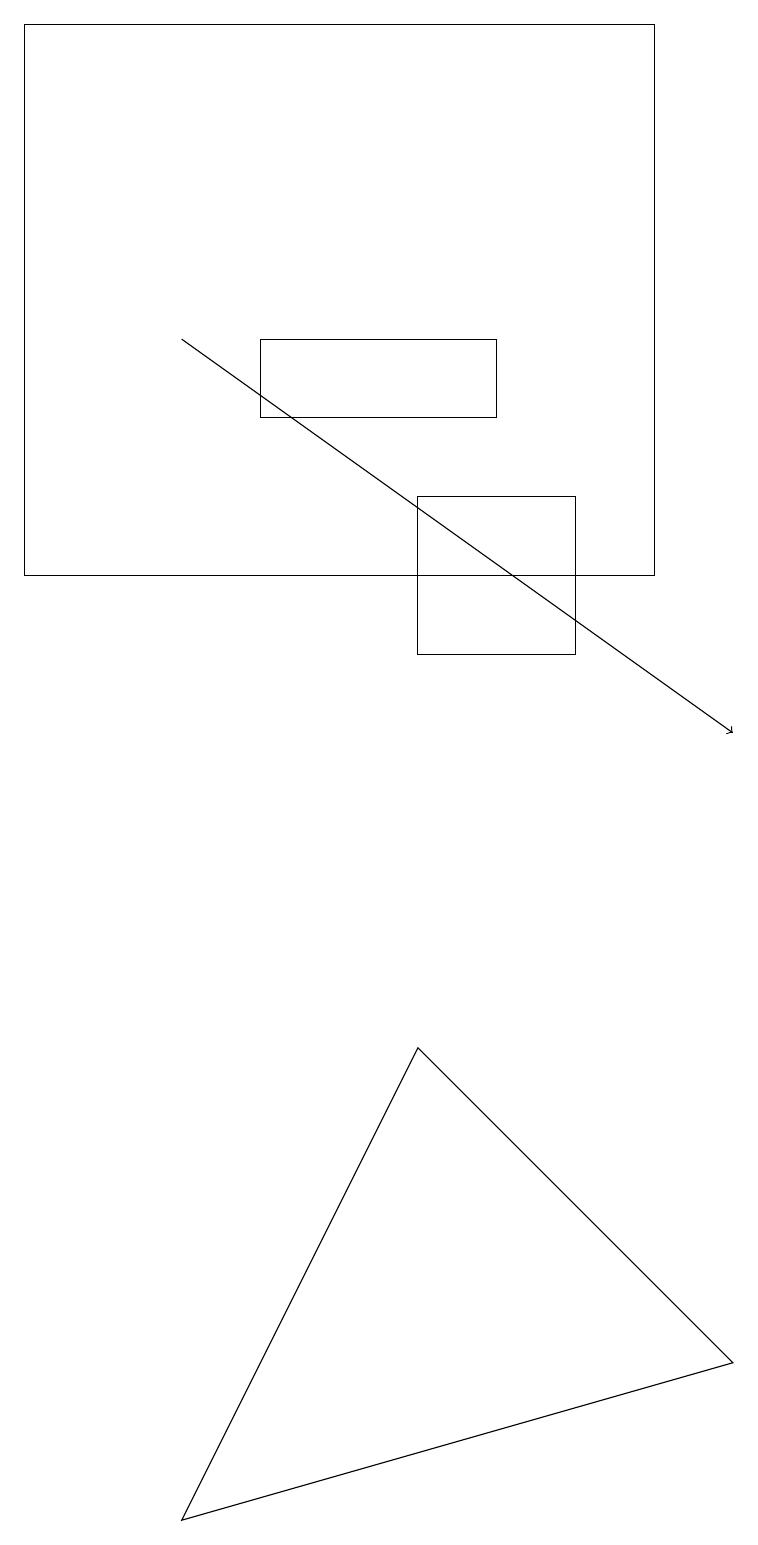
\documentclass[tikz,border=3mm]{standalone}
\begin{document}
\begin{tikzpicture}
\draw (5,13) rectangle (7,11);
\draw (0,12) rectangle (8,19);
\draw[->] (2,15) -- (9,10);
\draw (5,6) -- (2,0) -- (9,2) -- cycle;
\draw (3,14) rectangle (6,15);
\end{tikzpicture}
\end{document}